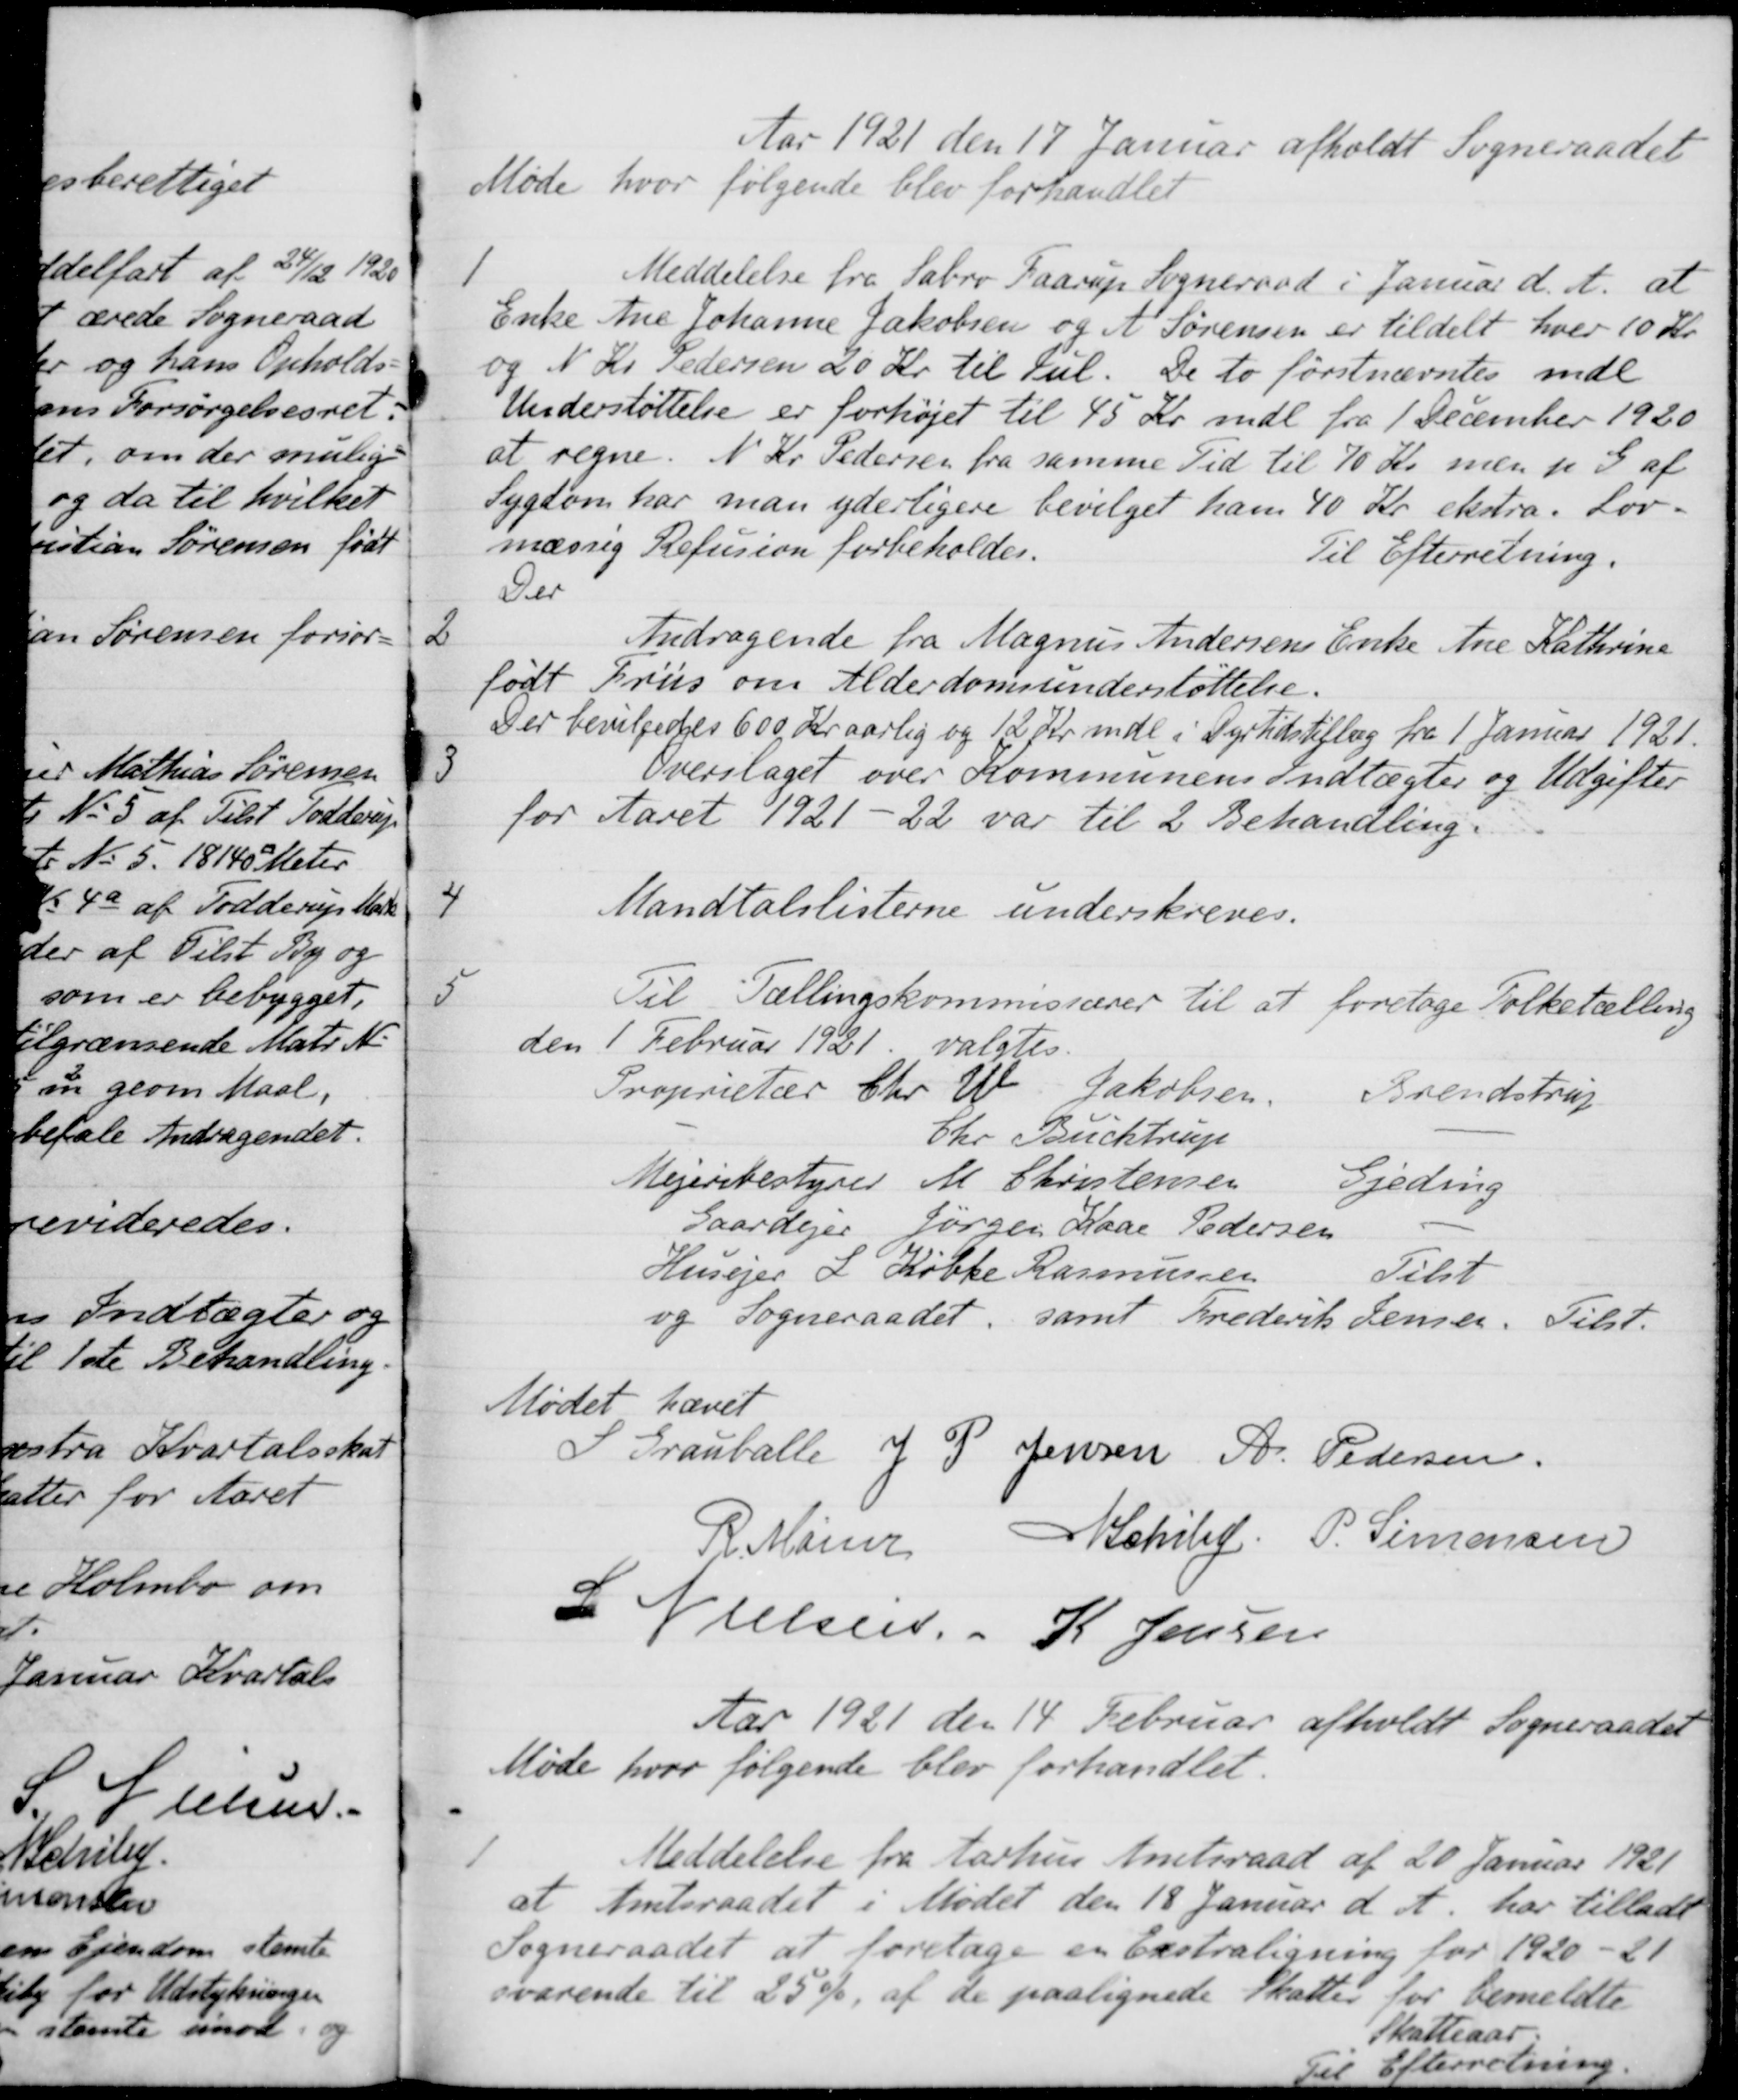
Transskription:
Aar 1921 den 17 Januar afholdt Sogneraadet
Møde hvor følgende blev forhandlet
1
Meddelelse fra Sabro Faarup Sogneraad i Januar d. A. at
Enke Ane Johanne Jakobsen og A. Sørensen er tildelt hver 10 Kr.
og N. Kr. Pedersen 20 Kr. til Jul. De to førstnævntes mdl
Understøttelse er forhøjet til 45 Kr mdl fra 1 December 1920
at regne. N. Kr. Pedersen fra samme Tid til 70 Kr. men p. G af
Sygdom har man yderligere bevilget ham 40 Kr. ekstra. Lov-
mæssig Refusion forbeholdes.
Til Efterretning.
Der
2
Andragende fra Magnus Andersens Enke Ane Kathrine
født Friis om Alderdomsunderstøttelse.
Der bevilgedes 600 Kr aarlig og 12 Kr. mdl i Dyrtidstillæg fra 1 Januar 1921.
13
Overslaget over Kommunens Indtægter og Udgifter
for Aaret 1921-22 var til 2 Behandling.
4
Mandtalslisterne underskreves.
5
Til Tællingskommissærer til at foretage Folketælling
den 1 Februar 1921 valgtes.
Proprietær Chr. W. Jakobsen
Brendstrup
Chr. Buchtrup
Mejeribestyrer M Christensen
Gjeding
Gaardejer Jørgen Kaae Pedersen
Husejer L. Købke Rasmussen
Tilst
og Sogneraadet, samt Frederik Jensen
Tilst.
Mødet hævet
S Grauballe
J. P. Jensen
A. Pedersen.
R. Møller
N Schiby
P. Simonsen
S Nielsen
K Jensen
Aar 1921 den 14 Februar afholdt Sogneraadet
Møde hvor følgende blev forhandlet.
1
Meddelelse fra Aarhus Amtsraad af 20 Januar 1921
at Amtsraadet i Mødet den 18 Januar d. A. har tilladt
Sogneraadet at foretage en Ekstraligning for 1920-21
svarende til 25 % af de paalignede Skatter for bemeldte
Skatteaar
Til Efterretning.